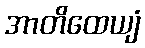
အာတိထေယျံ